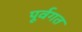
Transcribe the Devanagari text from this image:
पूर्वगत